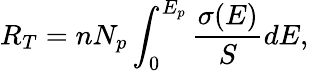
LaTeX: R_{T}=nN_{p}\int_{0}^{E_{p}}\frac{\sigma(E)}{S}dE,